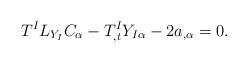
LaTeX: \begin{align*}T^{I}L_{Y_{I}}C_{\alpha }-T_{,t}^{I}Y_{I\alpha }-2a_{,\alpha }=0.\end{align*}